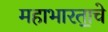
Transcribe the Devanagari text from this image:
महाभारता॒चे